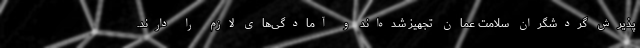
پذیرش گردشگران سلامت عمان تجهیز شده‌اند و آمادگی‌های لازم را دارند.